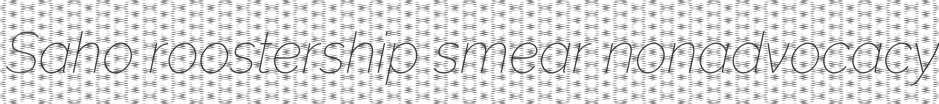
Saho roostership smear nonadvocacy